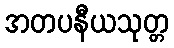
အတပနီယသုတ္တ